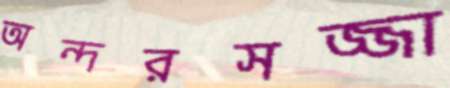
অন্দরসজ্জা